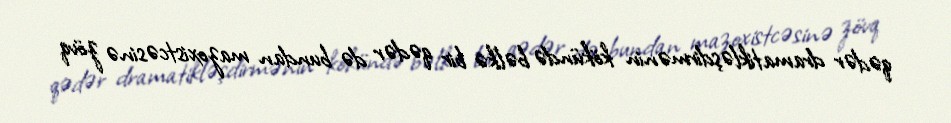
qədər dramatikləşdirmənin kökündə bəlkə bir qədər də bundan mazoxistcəsinə zövq